Report of the Indian Hemp Drugs Commission, 1894-1895 - Volume I
Year: 1894
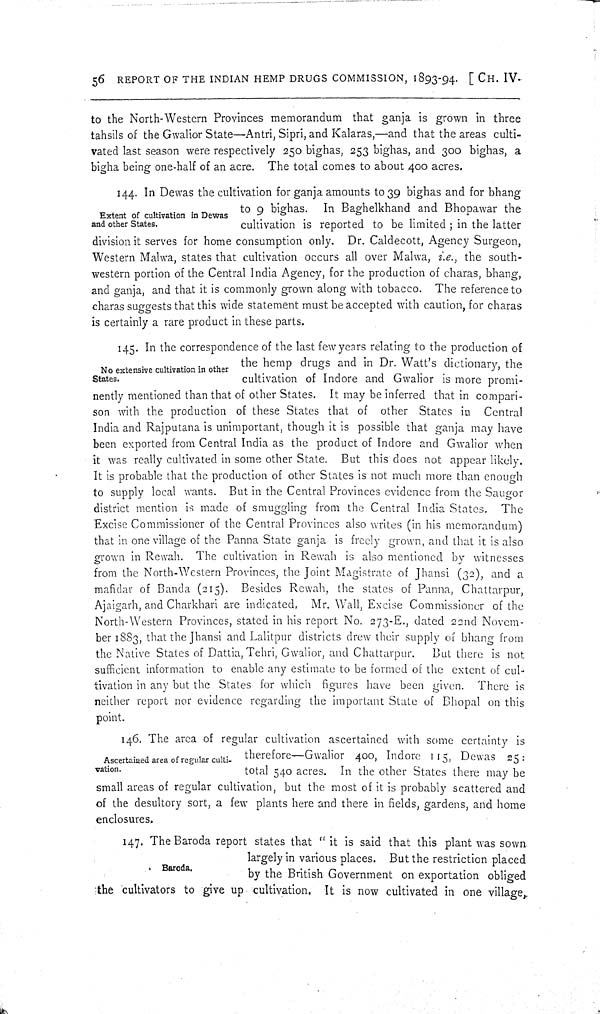
56 REPORT OF THE INDIAN HEMP DRUGS COMMISSION, 1893-94. [CH. IV.
to the North-Western Provinces memorandum that ganja is grown in three
tahsils of the Gwalior State—Antri, Sipri, and Kalaras,—and that the areas culti-
vated last season were respectively 250 bighas, 253 bighas, and 300 bighas, a
bigha being one-half of an acre. The total comes to about 400 acres.
Extent of cultivation in Dewas
and other States.
144. In Dewas the cultivation for ganja amounts to 39 bighas and for bhang
to 9 bighas. In Baghelkhand and Bhopawar the
cultivation is reported to be limited; in the latter
division it serves for home consumption only. Dr. Caldecott, Agency Surgeon,
Western Malwa, states that cultivation occurs all over Malwa, i.e., the south-
western portion of the Central India Agency, for the production of charas, bhang,
and ganja, and that it is commonly grown along with tobacco. The reference to
charas suggests that this wide statement must be accepted with caution, for charas
is certainly a rare product in these parts.
No extensive cultivation in other
States.
145. In the correspondence of the last few years relating to the production of
the hemp drugs and in Dr. Watt's dictionary, the
cultivation of Indore and Gwalior is more promi-
nently mentioned than that of other States. It may be inferred that in compari-
son with the production of these States that of other States in Central
India and Rajputana is unimportant, though it is possible that ganja may have
been exported from Central India as the product of Indore and Gwalior when
it was really cultivated in some other State. But this does not appear likely.
It is probable that the production of other States is not much more than enough
to supply local wants. But in the Central Provinces evidence from the Saugor
district mention is made of smuggling from the Central India States. The
Excise Commissioner of the Central Provinces also writes (in his memorandum)
that in one village of the Panna State ganja is freely grown, and that it is also
grown in Rewah. The cultivation in Rewah is also mentioned by witnesses
from the North-Western Provinces, the Joint Magistrate of Jhansi (32), and a
mafidar of Banda (215). Besides Rewah, the states of Panna, Chattarpur,
Ajaigarh, and Charkhari are indicated. Mr. Wall, Excise Commissioner of the
North-Western Provinces, stated in his report No. 273-E., dated 22nd Novem-
ber 1883, that the Jhansi and Lalitpur districts drew their supply of bhang from
the Native States of Dattia, Tehri, Gwalior, and Chattarpur.
But there is not
sufficient information to enable any estimate to be formed of the extent of cul-
tivation in any but the States for which figures have been given. There is
neither report nor evidence regarding the important State of Bhopal on this
point.
Ascertained area of regular culti-
vation.
146. The area of regular cultivation ascertained with some certainty is
therefore—Gwalior 400, Indore 115, Dewas 25:
total 540 acres. In the other States there may be
small areas of regular cultivation, but the most of it is probably scattered and
of the desultory sort, a few plants here and there in fields, gardens, and home
enclosures.
Baroda.
147. The Baroda report states that "it is said that this plant was sown
largely in various places. But the restriction placed
by the British Government on exportation obliged
the cultivators to give up cultivation. It is now cultivated in one village,